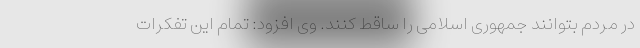
در مردم بتوانند جمهوری اسلامی را ساقط کنند. وی افزود: تمام این تفکرات